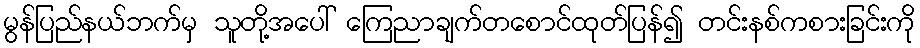
မွန်ပြည်နယ်ဘက်မှ သူတို့အပေါ် ကြေညာချက်တစောင်ထုတ်ပြန်၍ တင်းနစ်ကစားခြင်းကို